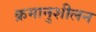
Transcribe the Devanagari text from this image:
क्रमानुशीलन